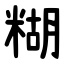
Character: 糊